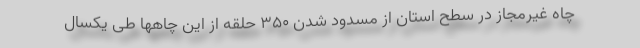
چاه غیرمجاز در سطح استان از مسدود شدن ۳۵۰ حلقه از این چاهها طی یکسال